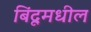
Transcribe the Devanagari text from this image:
बिंदूमधील